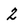
Character: 2